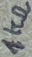
Text: 1KΩ